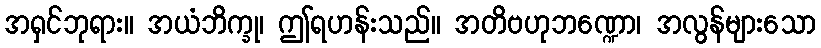
အရှင်ဘုရား။ အယံဘိက္ခု၊ ဤရဟန်းသည်။ အတိဗဟုဘဏ္ဍော၊ အလွန်များသော